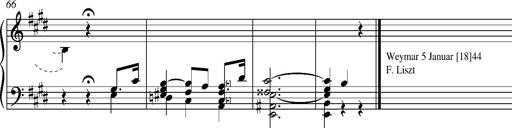
Title: Madrigal
Composer: Lucien Wurmser
Key: A major